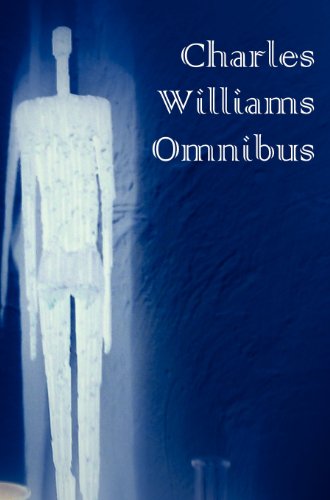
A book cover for Charles Williams Omnibus: War in Heaven / Many Dimensions / The Place of the Lion / Shadows of Ecstasy / The Greater Trumps / Descent into Hell / All Hallows' Eve / Et in Sempiternum Pereant; Charles Williams; Christian Books & Bibles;